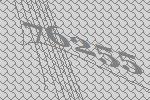
76255